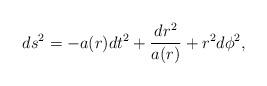
LaTeX: \begin{align*}ds^2=-a(r)dt^2+\frac{dr^2}{a(r)}+r^2 d\phi^2,\end{align*}